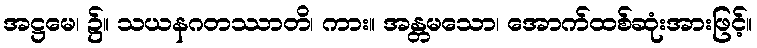
အဋ္ဌမေ၊ ၌။ သယနဂတဿာတိ၊ ကား။ အန္တမသော၊ အောက်ထစ်ဆုံးအားဖြင့်။